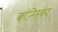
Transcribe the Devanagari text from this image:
कोमिस्केय